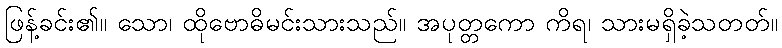
ဖြန့်ခင်း၏။ သော၊ ထိုဗောဓိမင်းသားသည်။ အပုတ္တကော ကိရ၊ သားမရှိခဲ့သတတ်။